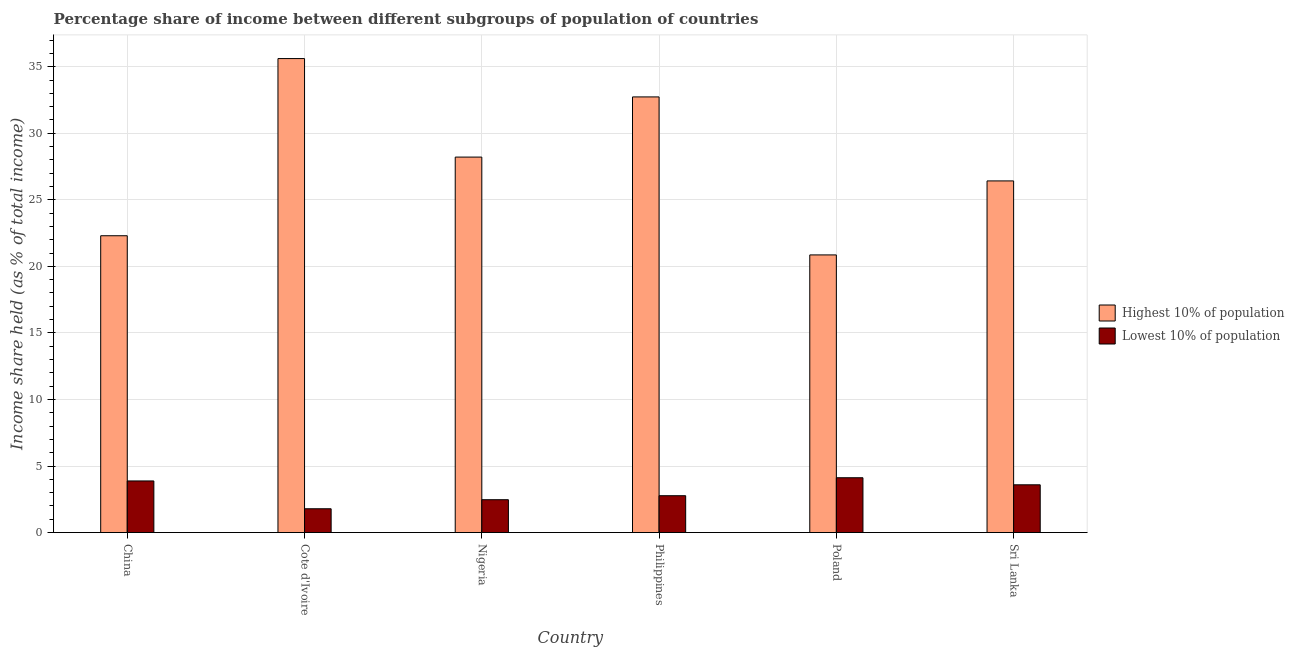
| Country | Highest 10% of population | Lowest 10% of population |
 | --- | --- | --- |
 | China | 22.3 | 3.88 |
 | Cote d'Ivoire | 35.6 | 1.79 |
 | Nigeria | 28.2 | 2.47 |
 | Philippines | 32.7 | 2.77 |
 | Poland | 20.9 | 4.12 |
 | Sri Lanka | 26.4 | 3.59 |